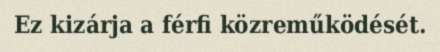
Ez kizárja a férfi közreműködését.